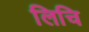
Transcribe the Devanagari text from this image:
लिचि